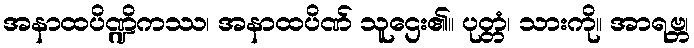
အနာထပိဏ္ဍိကဿ၊ အနာထပိဏ် သူဌေး၏။ ပုတ္တံ၊ သားကို။ အာရဗ္ဘ၊